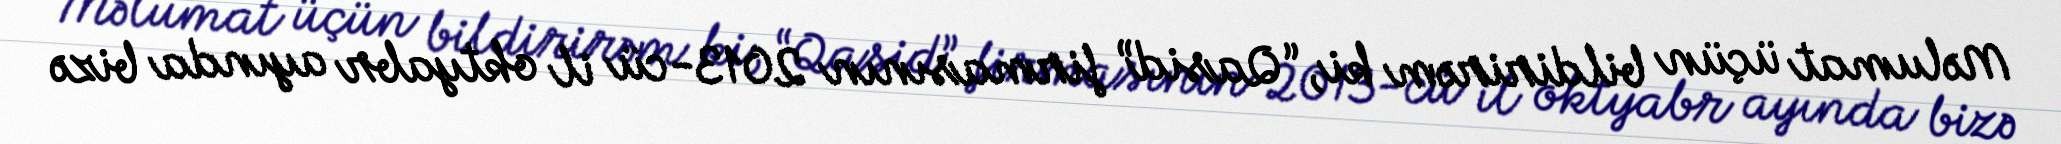
Məlumat üçün bildirirəm ki, “Qasid” firmasının 2013-cü il oktyabr ayında bizə